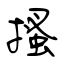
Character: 搔